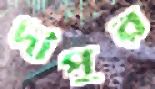
দীপুর